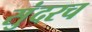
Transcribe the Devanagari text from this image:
सुंदरच